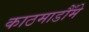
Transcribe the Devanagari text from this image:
काठमाडौँमे